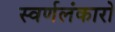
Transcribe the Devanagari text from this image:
स्वर्णलंकारो